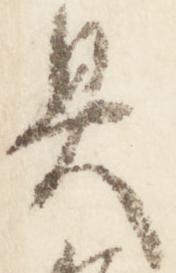
具